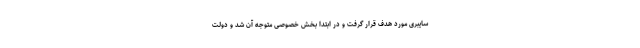
سایبری مورد هدف قرار گرفت و در ابتدا بخش خصوصی متوجه آن شد و دولت